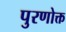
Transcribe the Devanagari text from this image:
पुरणोक्त